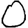
Digit: 0